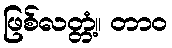
ဖြစ်လတ္တံ့။ တာဝ